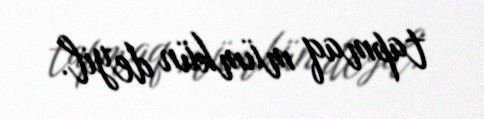
tapmaq mümkün deyil.